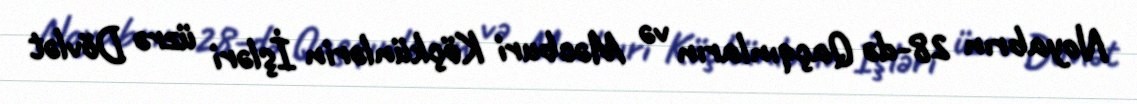
Noyabrın 28-də Qaçqınların və Məcburi Köçkünlərin İşləri üzrə Dövlət